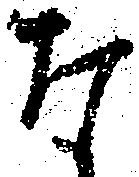
な